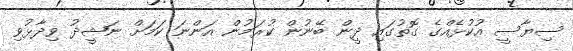
ސިޔާސީ އުކުޅެއްގެ ގޮތުގައި ދީން ބޭނުން ކުރަމުން އަންނަ ކަމަށް ނަޝީދު ވިދާޅުވި